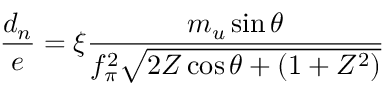
{ \frac { d _ { n } } { e } } = \xi { \frac { m _ { u } \sin \theta } { f _ { \pi } ^ { 2 } \sqrt { 2 Z \cos \theta + ( 1 + Z ^ { 2 } ) } } }